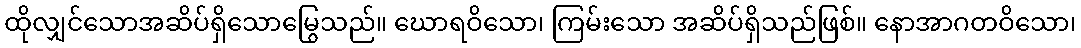
ထိုလျှင်သောအဆိပ်ရှိသောမြွေသည်။ ဃောရဝိသော၊ ကြမ်းသော အဆိပ်ရှိသည်ဖြစ်။ နောအာဂတဝိသော၊